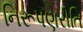
નિરૂપણરીતિ